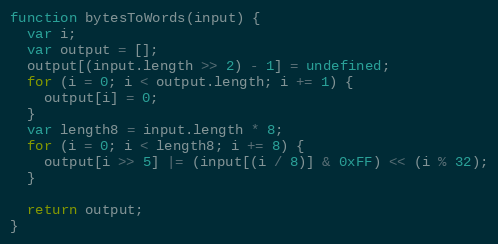
Language: JavaScript
function bytesToWords(input) {
  var i;
  var output = [];
  output[(input.length >> 2) - 1] = undefined;
  for (i = 0; i < output.length; i += 1) {
    output[i] = 0;
  }
  var length8 = input.length * 8;
  for (i = 0; i < length8; i += 8) {
    output[i >> 5] |= (input[(i / 8)] & 0xFF) << (i % 32);
  }

  return output;
}